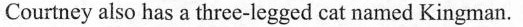
Courtney also has a three-legged cat named Kingman.